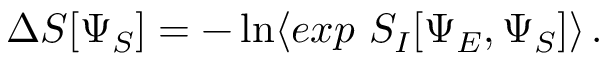
\Delta S [ \Psi _ { S } ] = - \ln \langle e x p ~ S _ { I } [ \Psi _ { E } , \Psi _ { S } ] \rangle \, .